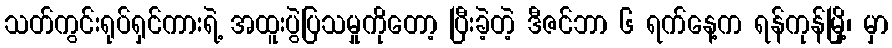
သတ်ကွင်းရုပ်ရှင်ကားရဲ့ အထူးပွဲပြသမှုကိုတော့ ပြီးခဲ့တဲ့ ဒီဇင်ဘာ ၆ ရက်နေ့က ရန်ကုန်မြို့၊ မှာ